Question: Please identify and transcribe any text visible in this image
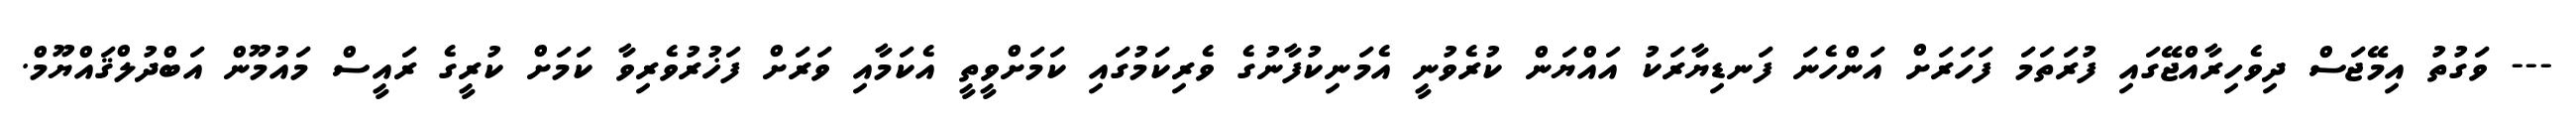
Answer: --- ވަގުތު އިމޭޖަސް ދިވެހިރާއްޖޭގައި ފުރަތަމަ ފަހަރަށް އަންހެނަ ފަނޑިޔާރަކު އައްޔަން ކުރެވުނީ އެމަނިކުފާނުގެ ވެރިކަމުގައި ކަމަށްވީތީ އެކަމާއި ވަރަށް ފަޚުރުވެރިވާ ކަމަށް ކުރީގެ ރައީސް މައުމޫން އަބްދުލްޤައްޔޫމް.